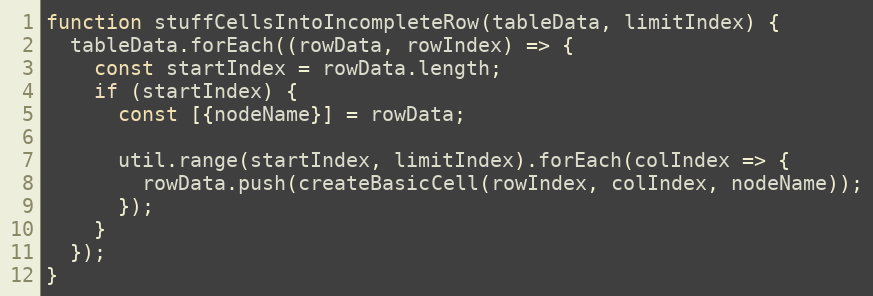
Language: JavaScript
function stuffCellsIntoIncompleteRow(tableData, limitIndex) {
  tableData.forEach((rowData, rowIndex) => {
    const startIndex = rowData.length;
    if (startIndex) {
      const [{nodeName}] = rowData;

      util.range(startIndex, limitIndex).forEach(colIndex => {
        rowData.push(createBasicCell(rowIndex, colIndex, nodeName));
      });
    }
  });
}